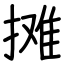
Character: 摊